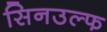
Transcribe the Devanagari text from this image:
सिनउल्फ